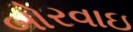
બોરવાઇ